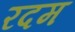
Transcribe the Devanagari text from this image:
रदम